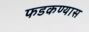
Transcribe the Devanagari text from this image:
फडकण्यास